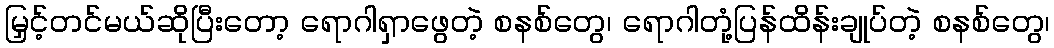
မြှင့်တင်မယ်ဆိုပြီးတော့ ရောဂါရှာဖွေတဲ့ စနစ်တွေ၊ ရောဂါတုံ့ပြန်ထိန်းချုပ်တဲ့ စနစ်တွေ၊